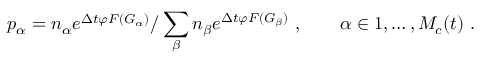
p _ { \alpha } = n _ { \alpha } e ^ { \Delta t \varphi F ( G _ { \alpha } ) } / \sum _ { \beta } n _ { \beta } e ^ { \Delta t \varphi F ( G _ { \beta } ) } \ , \qquad \alpha \in 1 , \dots , M _ { c } ( t ) \ .